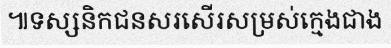
៕ទស្សនិកជនសរសើរសម្រស់ក្មេងជាង